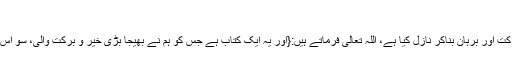
}(ھود: 1)
اللہ تعالی نے قرآن کریم کو نور و ہدایت، برکت اور برہان بناکر نازل کیا ہے، اللہ تعالی فرماتے ہیں:{اور یہ ایک کتاب ہے جس کو ہم نے بھیجا بڑی خیر و برکت والی، سو اس کا اتباع کرو اور ڈرو تاکہ تم پر رحمت ہو۔